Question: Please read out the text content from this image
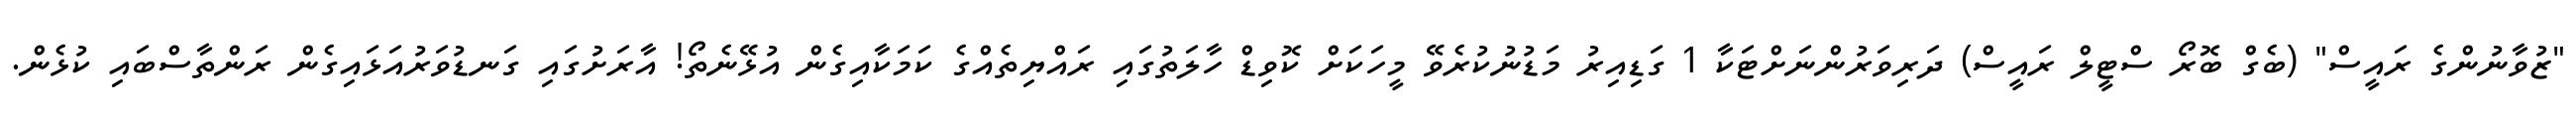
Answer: "ޒުވާނުންގެ ރައީސް" (ބެގް ބޮރޯ ސްޓީލް ރައީސް) ދަރިވަރުންނަށްޓަކާ 1 ގަޑިއިރު މަޑުނުކުރެވޭ މީހަކަށް ކޮވިޑް ހާލަތުގައި ރައްޔިތެއްގެ ކަމަކާއިގެން އުޅޭނެތޯ! އާރަށުގައި ގަނޑުވަރުއަޅައިގެން ރަންތާސްބައި ކުޅެން.